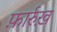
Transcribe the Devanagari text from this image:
फ़ार्रुख़